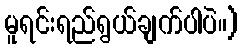
မူရင်းရည်ရွယ်ချက်ပါပဲ။)